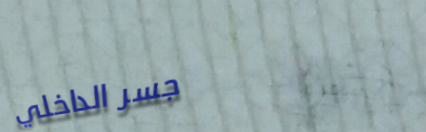
جسر الداخلي